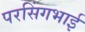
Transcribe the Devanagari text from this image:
परसिंगभाई